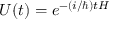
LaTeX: U ( t ) = e ^ { - ( i / \hbar ) t H }